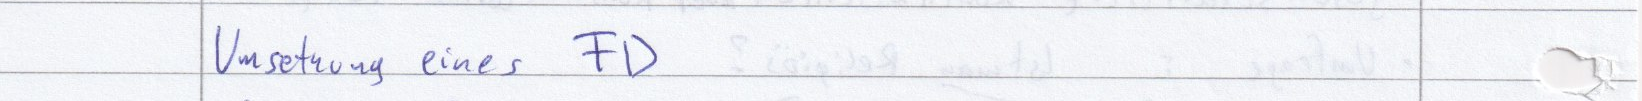
Umsetzung eines FD